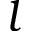
l